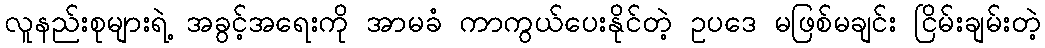
လူနည်းစုများရဲ့ အခွင့်အရေးကို အာမခံ ကာကွယ်ပေးနိုင်တဲ့ ဥပဒေ မဖြစ်မချင်း ငြိမ်းချမ်းတဲ့